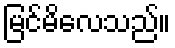
မြင်မိလေသည်။